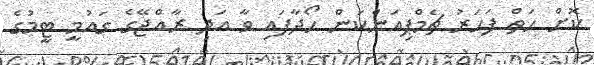
ކޮށް ހަތް ފަހަރު ޗެމްޕިއަންކަން ހޯދާފައި ވާ އަދި ރާއްޖޭގެ ގައުމީ ޓީމުގެ